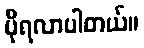
ပိုရလာပါတယ်။